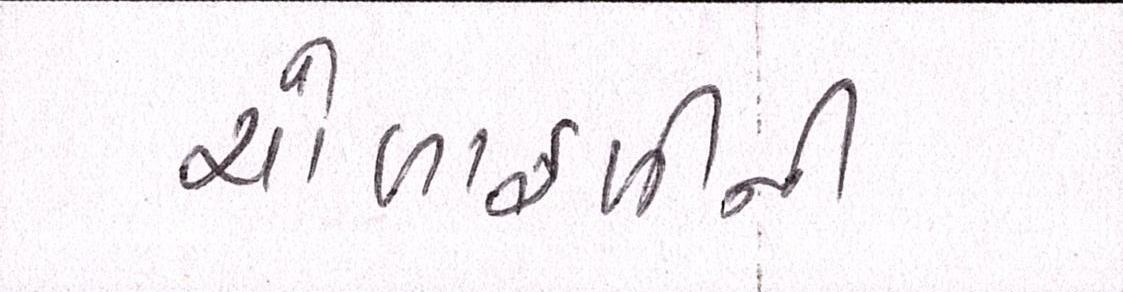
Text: ચોળાફળીની